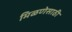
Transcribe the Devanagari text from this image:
मिळणेसाठी